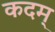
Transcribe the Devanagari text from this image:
कदम्